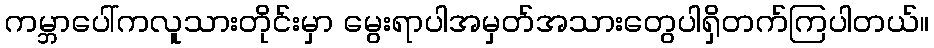
ကမ္ဘာပေါ်ကလူသားတိုင်းမှာ မွေးရာပါအမှတ်အသားတွေပါရှိတက်ကြပါတယ်။